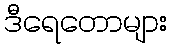
ဒီရေတောများ